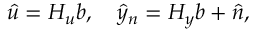
\boldsymbol { \hat { u } } = \boldsymbol { H _ { u } } \boldsymbol { b } , \quad \boldsymbol { \hat { y } _ { n } } = \boldsymbol { H _ { y } } \boldsymbol { b } + \boldsymbol { \hat { n } } ,